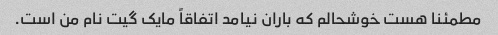
مطمئنا هست خوشحالم که باران نیامد اتفاقاً مایک گیت نام من است.